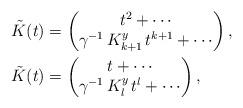
LaTeX: \begin{align*}& \tilde{K} (t) = \begin{pmatrix} t^2 + \cdots \\\gamma^{-1} \, K_{k+1}^y \, t^{k+1} + \cdots\end{pmatrix}, \\& \tilde{K} (t) = \begin{pmatrix} t + \cdots \\\gamma^{-1} \, K_l^y \, t^l + \cdots\end{pmatrix}, \end{align*}